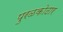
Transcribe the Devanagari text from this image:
पुरळकोठार